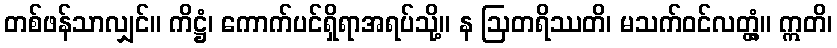
တစ်ဖန်သာလျှင်။ ကိဋ္ဌံ၊ ကောက်ပင်ရှိရာအရပ်သို့။ န ဩတရိဿတိ၊ မသက်ဝင်လတ္တံ့။ ဣတိ၊